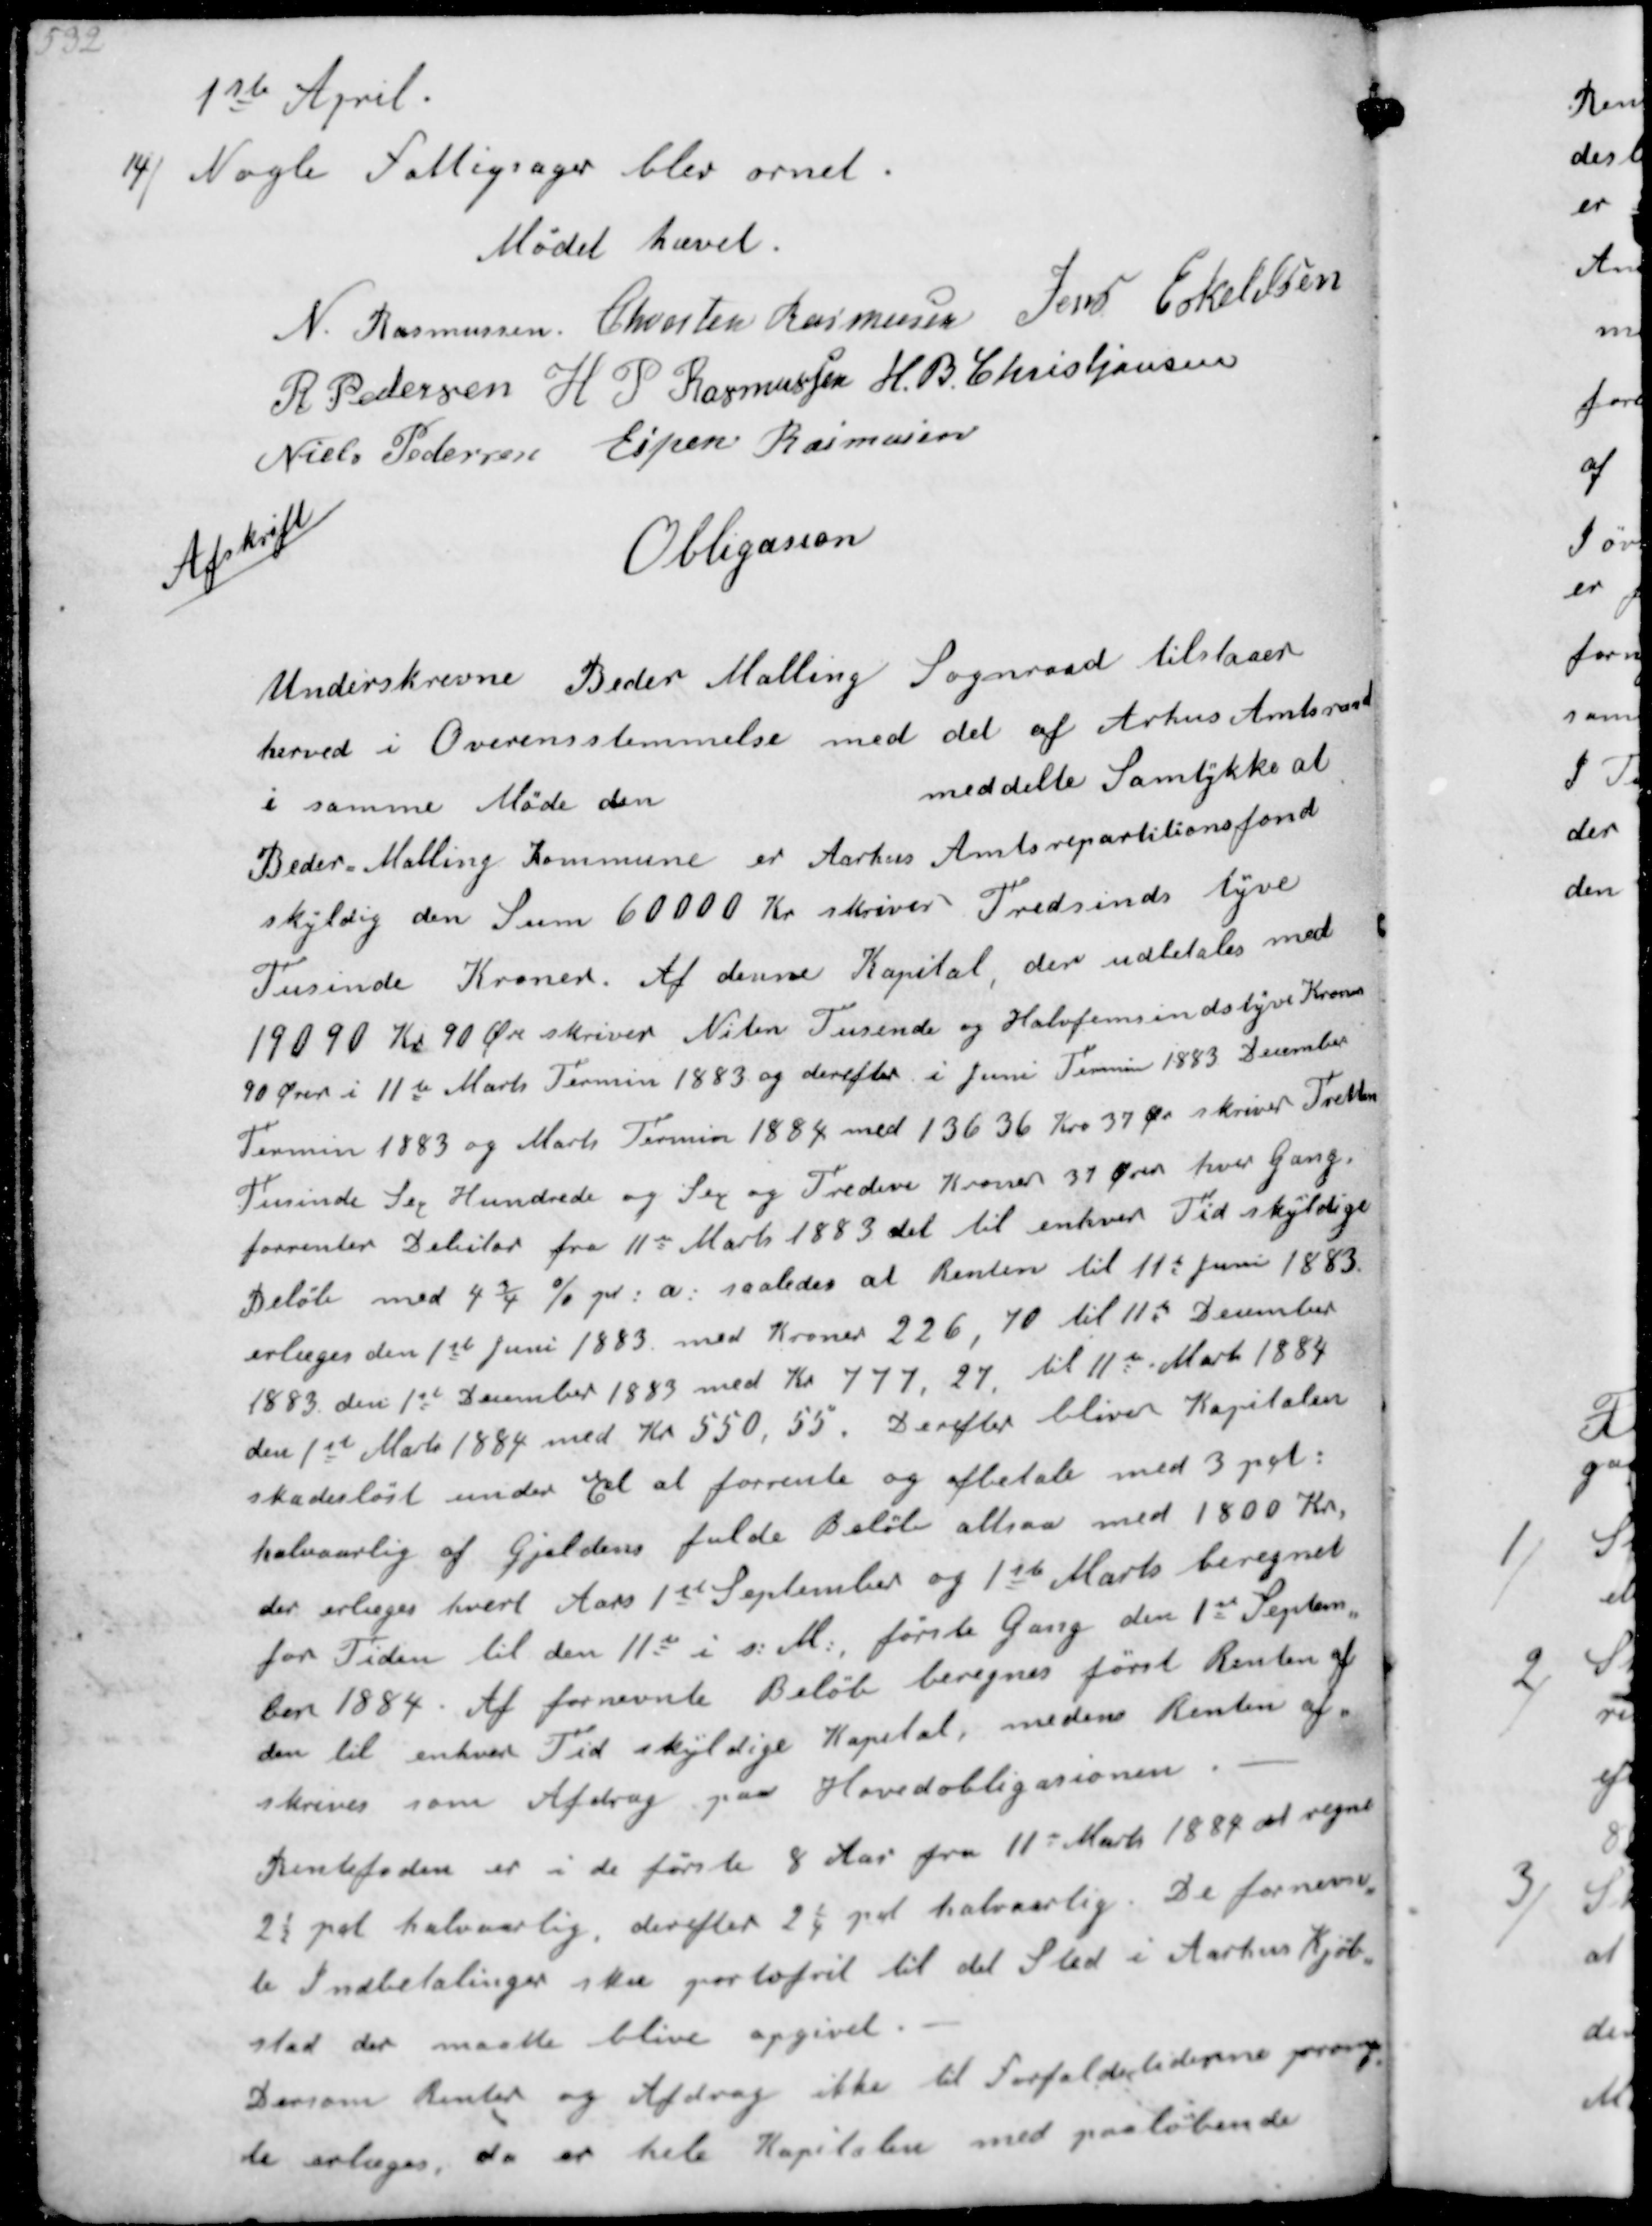
Transskription:
1ste April.
14/ 
Nogle Fattigsager blev ornet.
Mødet hævet.
N. Rasmussen
Chresten Rasmussen
Jens Eskildsen
R. Pedersen
H P Rasmussen
H. B. Christjansen 
Niels Pedersen
Espen Rasmussen

Afskrift
Obligasson
Underskrevne Beder Malling Sogneraad tilstaaer
herved i Overensstemmelse med det af Arhus Amtsraad
i samme Møde den 
meddelte Samtykke at 
Beder Malling kommune er Aarhus Amtsrepartitionsfond
skyldig den Sum 60000 kr skriver Tredsinds tyve
Tusinde Kroner. Af denne Kapital, der udbetales med
19090 kr 90 Øre skriver Niten Tusinde og Halvfemsindstyve Kroner
90 ører i 11te Marts Termin 1883 og derefter i Juni Termin 1883 december
Termin 1883 og Marts Termin 1884 med 13636 kr 37 ør skriver Tretten
Tusinde sex Hundrede og sex og Tredive kroner 37 Ører hver gang. 
forrenter Debitor fra 11te Marts 1883 det til enhver Tid skyldige
Beløb med 4 3/4 % pr a : saaledes at Renten til 11te Juni 1883.
erlæges den 1te Juni 1883. med kroner 226, 70 til 11te december
1883 den 1te december 1883 med kr 777,27. til 11te Marts 1884
den 1te Marts 1884 med kr 550,55. Derefter bliver Kapitalen
skadesløst under Et at forrende og efterlade med 3 pct:
halvaarlig af Gjældens fulde Beløb altsaa med 1800 kr. 
der erlæges hvert Aars 1te September og 1te Marts beregnet
for Tiden til den 11te i s: M., første gang den 1te Septem-
ber 1884. Af fornevnte Beløb beregnes først Renter af 
den til enhver Tid skyldige Kapital, medens Renter af-
skrives som Afdrag paa Hovedobligasionen.

Rentefoden er i de første 8 Aar fra 11 Marts 1884 at regne
2½ pct halvaarlig, derefter 2 1/4 pct halvaarlig. De fornevn-
te Indbetalinger sku portofrit til det sted i Aarhus Kjøb-
stad der maatte blive opgivet. 
Dersom Renter og Afdrag ikke til forfaldstidenne promp-
te erleges da er hele Kapitalen med paaløbende